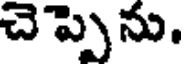
చెప్పెను.